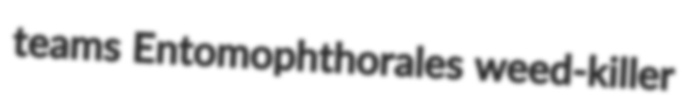
teams Entomophthorales weed-killer